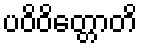
ပဝိဝိတ္တောတိ